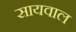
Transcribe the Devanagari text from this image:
सायवाल